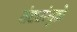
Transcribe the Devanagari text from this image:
तंट्यांमुळे